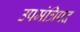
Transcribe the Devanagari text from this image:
उपमंत्रिपद